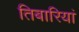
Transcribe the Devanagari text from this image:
तिबारियां